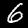
Label: 6